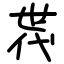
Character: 𠁀